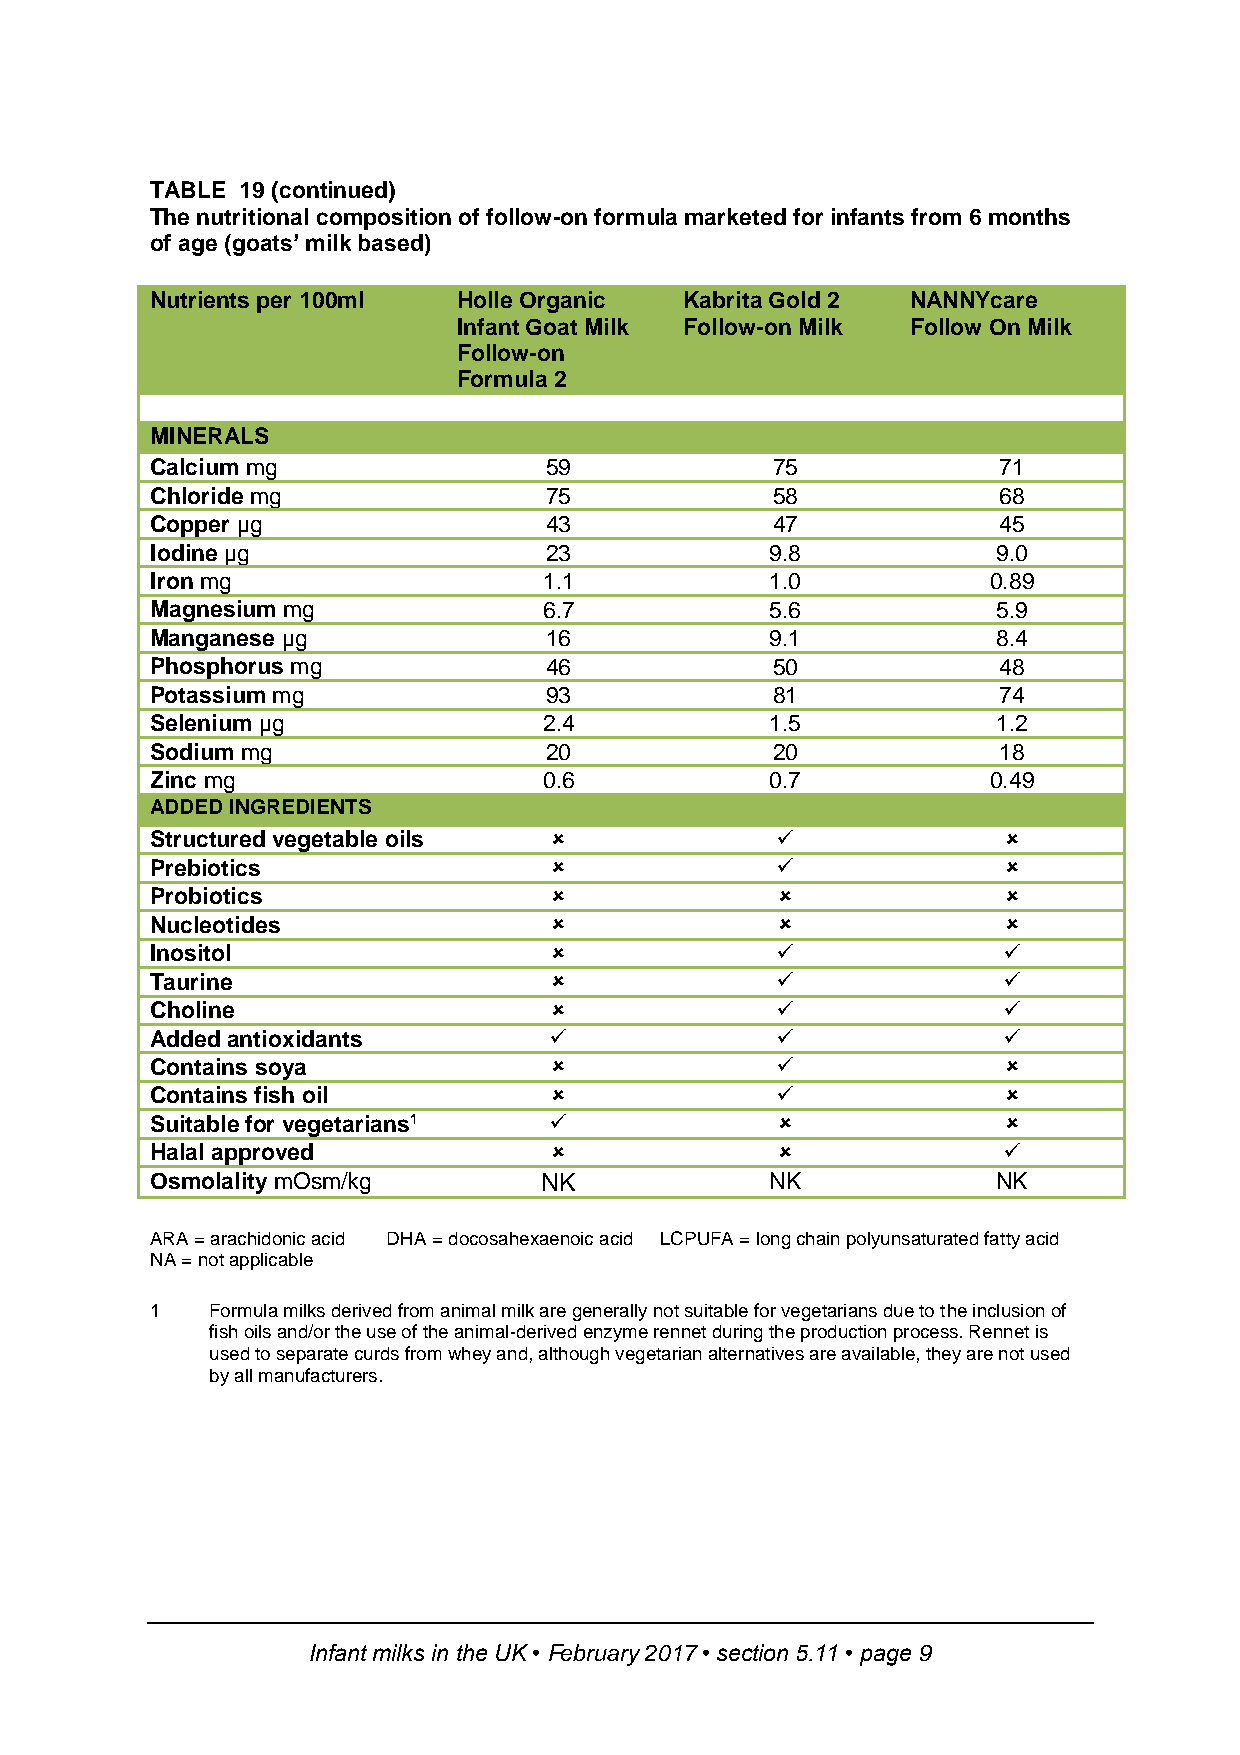
TABLE 19 (continued)
 The nutritional composition of follow-on formula marketed for infants from 6 months
 of age (goats’ milk based)
 Nutrients per 100ml Holle Organic  Kabrita Gold 2 NANNYcare
 Infant Goat Milk Follow-on Milk Follow On Milk
 Follow-on
 Formula 2
 MINERALS
 Calcium mg                59             75             71
 Chloride mg               75             58             68
 Copper µg                 43             47             45
 Iodine µg                 23             9.8            9.0
 Iron mg                   1.1            1.0            0.89
 Magnesium mg              6.7            5.6            5.9
 Manganese µg              16             9.1            8.4
 Phosphorus mg             46             50             48
 Potassium mg              93             81             74
 Selenium µg               2.4            1.5            1.2
 Sodium mg                 20             20             18
 Zinc mg                   0.6            0.7            0.49
 ADDED INGREDIENTS
 Structured vegetable oils                              
 Prebiotics                                             
 Probiotics                                             
 Nucleotides                                            
 Inositol                                              
 Taurine                                               
 Choline                                               
 Added antioxidants                                    
 Contains soya                                          
 Contains fish oil                                      
 Suitable for vegetarians1                              
 Halal approved                                        
 Osmolality mOsm/kg        NK             NK             NK
 ARA = arachidonic acid DHA = docosahexaenoic acid LCPUFA = long chain polyunsaturated fatty acid
 NA = not applicable
 1   Formula milks derived from animal milk are generally not suitable for vegetarians due to the inclusion of
 fish oils and/or the use of the animal-derived enzyme rennet during the production process. Rennet is
 used to separate curds from whey and, although vegetarian alternatives are available, they are not used
 by all manufacturers.
 Infant milks in the UK • February 2017 • section 5.11 • page 9